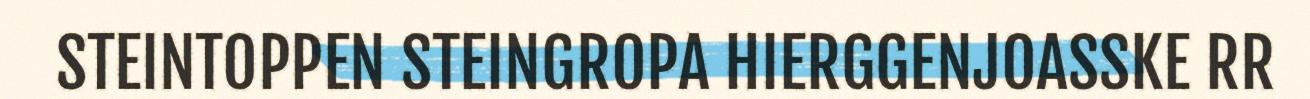
STEINTOPPEN STEINGROPA HIERGGENJOASSKE RR